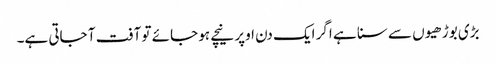
بڑی بوڑھیوں سے سنا ہے اگر ایک دن اوپر نیچے ہو جائے تو آفت آ جاتی ہے۔